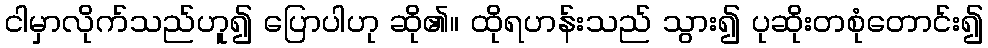
ငါမှာလိုက်သည်ဟူ၍ ပြောပါဟု ဆို၏။ ထိုရဟန်းသည် သွား၍ ပုဆိုးတစုံတောင်း၍